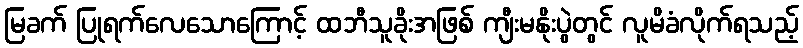
မြခက် ပြုရက်လေသောကြောင့် ထဘီသူခိုးအဖြစ် ကျီးမနိုးပွဲတွင် လူမိခံလိုက်ရသည့်